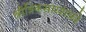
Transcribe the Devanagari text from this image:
श्रीत्रिकसारशास्त्रे